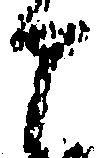
申